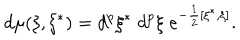
d \mu ( \xi , \xi ^ { * } ) = d ^ { p } \xi ^ { * } \; d ^ { p } \xi \; e ^ { - \frac 1 2 [ \xi ^ { * } , \xi ] } .